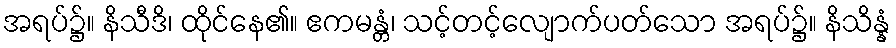
အရပ်၌။ နိသီဒိ၊ ထိုင်နေ၏။ ဧကမန္တံ၊ သင့်တင့်လျောက်ပတ်သော အရပ်၌။ နိသိန္နံ